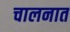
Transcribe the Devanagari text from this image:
चालनात